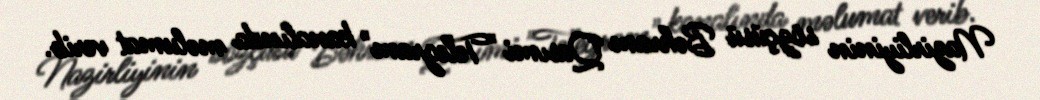
Nazirliyinin sözçüsü Bəhram Qasımi "Telegram" kanalında məlumat verib.